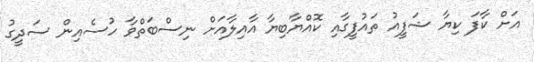
އަށް ކާފަ ކިޔާ ޝަފީއު ތައުފީގާއި ކޮއްޔާބިޔާ އާއިލާއަށް ނިސްބަތްވާ ހުސެއިން ސަދީގު